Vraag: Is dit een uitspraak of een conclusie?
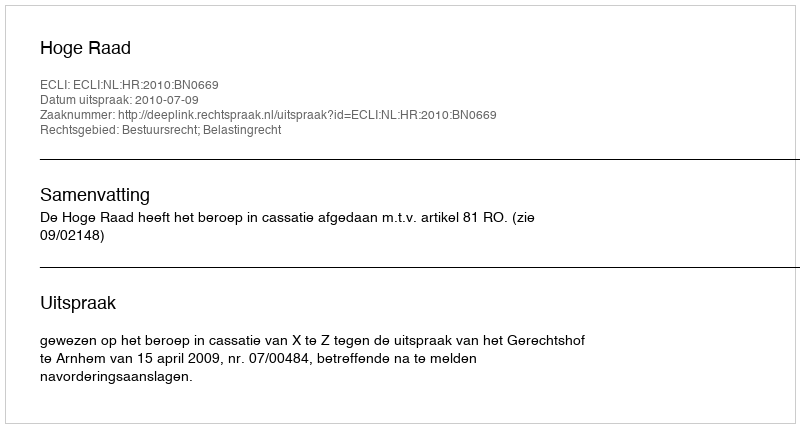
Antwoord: Uitspraak